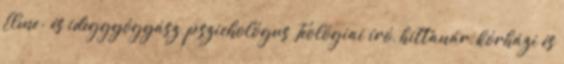
Elme- és ideggyógyász, pszichológus Teológiai író, hittanár, kórházi és